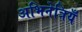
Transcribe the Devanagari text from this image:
अभिनेत्रियँ